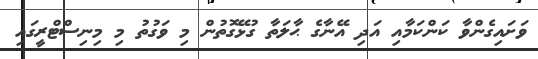
ވަށައިގެންވާ ކަންކަމާއި އަދި އޭނާގެ ޙާލަތާ ގުޅޭގޮތުން މި ވަގުތު މި މިނިސްޓްރީގައި